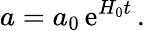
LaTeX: a=a_{0}\, \mathrm{e}^{H_{0}t}\, .